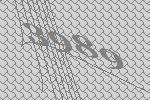
3989